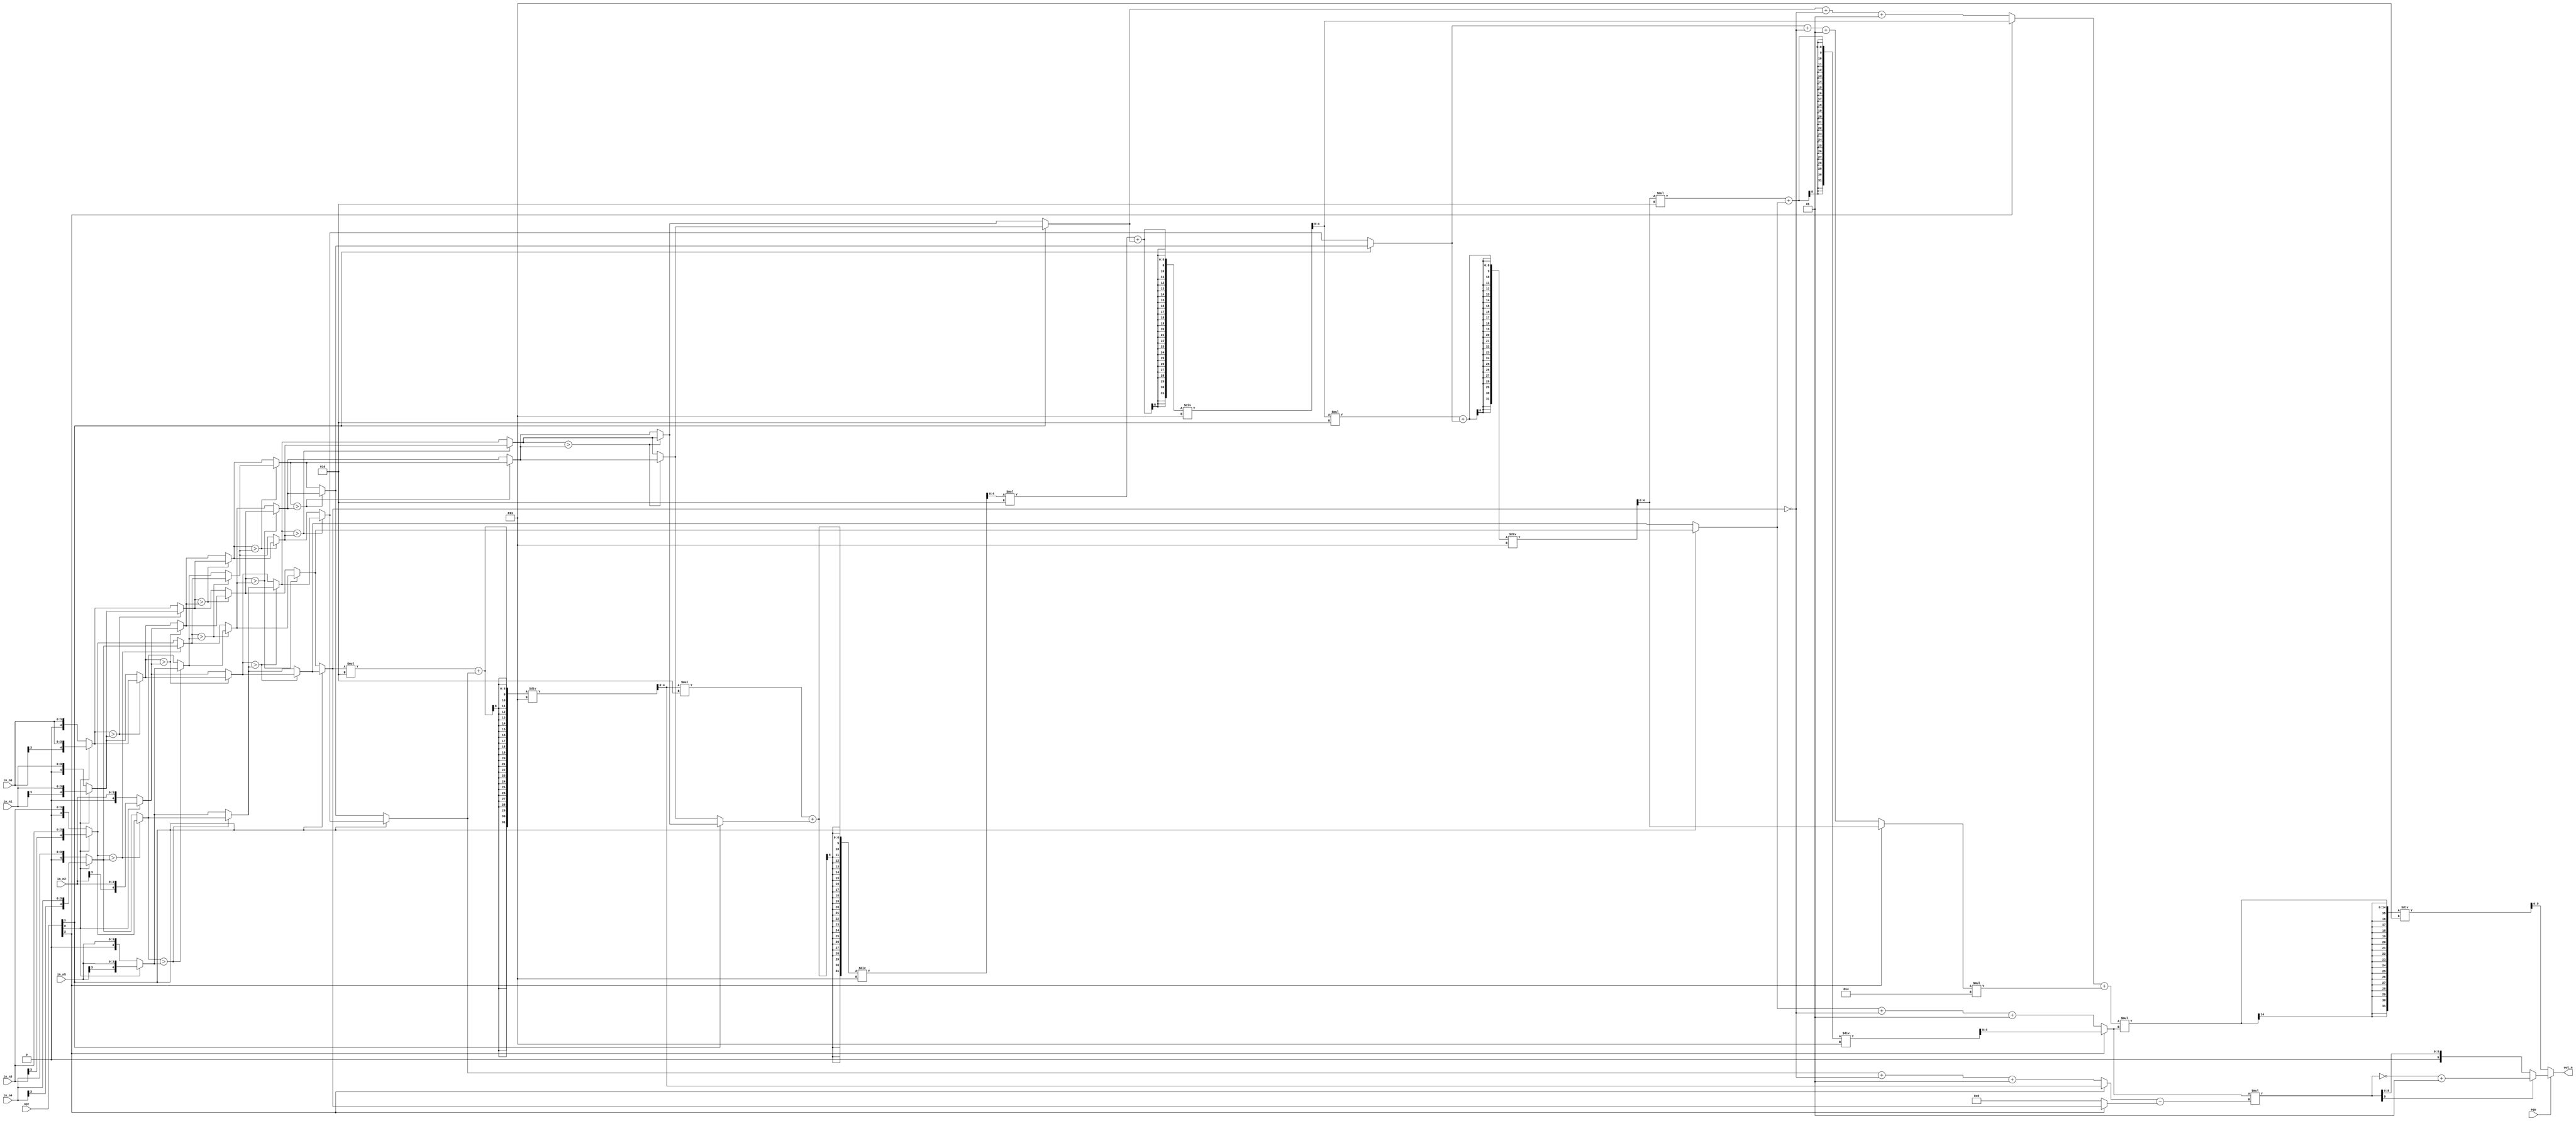
module CC(
	in_n0,
	in_n1, 
	in_n2, 
	in_n3, 
    in_n4, 
	in_n5, 
	opt,
    equ,
	out_n
);
input [3:0]in_n0;
input [3:0]in_n1;
input [3:0]in_n2;
input [3:0]in_n3;
input [3:0]in_n4;
input [3:0]in_n5;
input [2:0] opt;
input equ;
output [9:0] out_n;
//==================================================================
// reg & wire
//==================================================================
reg signed [9:0] out_n;

reg signed [4:0] number [0:5];
reg signed [4:0] temp;
integer i, j;

always @(*) begin
    if(opt[0])begin // signed value (-8 ~ 7)
		number[0] = {in_n0[3], in_n0};
		number[1] = {in_n1[3], in_n1};
		number[2] = {in_n2[3], in_n2};
		number[3] = {in_n3[3], in_n3};
		number[4] = {in_n4[3], in_n4};
		number[5] = {in_n5[3], in_n5};		
	end
	else begin      // unsigned value 0 ~ 15
		number[0] = {1'b0, in_n0};
		number[1] = {1'b0, in_n1};
		number[2] = {1'b0, in_n2};
		number[3] = {1'b0, in_n3};
		number[4] = {1'b0, in_n4};
		number[5] = {1'b0, in_n5};
	end
    // sort
    // for(i=0; i<5; i=i+1)begin
    //     for(j=i+1; j<6; j=j+1)begin
	// 		compA = number[i];
    //         compB = number[j];
    //         if(compA > compB)begin
    //             number[i] = compB;
    //             number[j] = compA;
    //         end
    //     end
    // end
    if(number[0] > number[1]) begin
        temp = number[0];
        number[0] = number[1];
        number[1] = temp;
    end
    if(number[1] > number[2]) begin
        temp = number[1];
        number[1] = number[2];
        number[2] = temp;
    end
    if(number[0] > number[1]) begin
        temp = number[0];
        number[0] = number[1];
        number[1] = temp;
    end

    if(number[3] > number[4]) begin
        temp = number[3];
        number[3] = number[4];
        number[4] = temp;
    end
    if(number[4] > number[5]) begin
        temp = number[4];
        number[4] = number[5];
        number[5] = temp;
    end
    if(number[3] > number[4]) begin
        temp = number[3];
        number[3] = number[4];
        number[4] = temp;
    end

    if(number[0] > number[3]) begin
        temp = number[0];
        number[0] = number[3];
        number[3] = temp;
    end
    if(number[1] > number[4]) begin
        temp = number[1];
        number[1] = number[4];
        number[4] = temp;
    end
    if(number[2] > number[5]) begin
        temp = number[2];
        number[2] = number[5];
        number[5] = temp;
    end

    if(number[1] > number[3]) begin
        temp = number[1];
        number[1] = number[3];
        number[3] = temp;
    end
    if(number[2] > number[4]) begin
        temp = number[2];
        number[2] = number[4];
        number[4] = temp;
    end

    if(number[2] > number[3]) begin
        temp = number[2];
        number[2] = number[3];
        number[3] = temp;
    end

    if(opt[1])begin
        temp = number[0];
        number[0] = number[5];
        number[5] = temp;
        temp = number[1];
        number[1] = number[4];
        number[4] = temp;
        temp = number[2];
        number[2] = number[3];
        number[3] = temp;
    end
    // cumulate
    // $display("CC n[0]=%d n[1]=%d n[2]=%d n[3]=%d n[4]=%d n[5]=%d",number[0],number[1],number[2],number[3],number[4],number[5]);
    if(opt[2])begin
        number[1] = (number[0]*2 + number[1])/3;
        number[2] = (number[1]*2 + number[2])/3;
        number[3] = (number[2]*2 + number[3])/3;
        number[4] = (number[3]*2 + number[4])/3;
        number[5] = (number[4]*2 + number[5])/3;
    end
    else begin
        number[1] = number[1] + ~number[0] + 1;
        // number[2] = number[2] + ~number[0] + 1;
        number[3] = number[3] + ~number[0] + 1;
        number[4] = number[4] + ~number[0] + 1;
        number[5] = number[5] + ~number[0] + 1;
        number[0] = 0;
    end
    number[2] = number[1] - number[0];
    // $display("CC n[0]=%d n[1]=%d n[2]=%d n[3]=%d n[4]=%d n[5]=%d",number[0],number[1],number[2],number[3],number[4],number[5]);
end

always @(*) begin
	if(!equ)begin
		out_n = ((number[3] + number[4]*4)*number[5])/3;
	end
	else begin
		// out_n = number[5]* number[1] - number[5]*number[0];
        out_n = number[5]*number[2];
		if(out_n[9])begin
			out_n = ~out_n + 1;
		end 
	end

end

endmodule